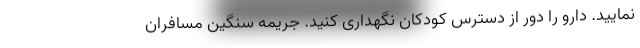
نمایید. دارو را دور از دسترس کودکان نگهداری کنید. جریمه سنگین مسافران